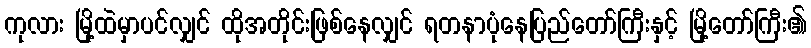
ကုလား မြို့ထဲမှာပင်လျှင် ထိုအတိုင်းဖြစ်နေလျှင် ရတနာပုံနေပြည်တော်ကြီးနှင့် မြို့တော်ကြီး၏